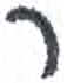
אות: ר